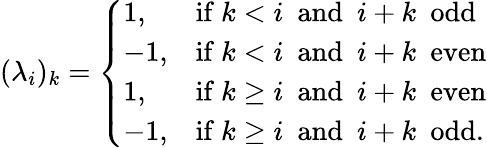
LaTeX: (\lambda_{i})_{k}=\left\{ \begin{array}{ll}{1,}&{\mathrm{if~}k<i\mathrm{~\ and~\ }i+k\mathrm{~\ odd}}\\ {-1,}&{\mathrm{if~}k<i\mathrm{~\ and~\ }i+k\mathrm{~\ even}}\\ {1,}&{\mathrm{if~}k\geq i\mathrm{~\ and~\ }i+k\mathrm{~\ even}}\\ {-1,}&{\mathrm{if~}k\geq i\mathrm{~\ and~\ }i+k\mathrm{~\ odd}.}\end{array}\right.